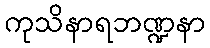
ကုသိနာရဘဏ္ဍနာ